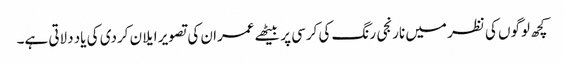
کچھ لوگوں کی نظر میں نارنجی رنگ کی کرسی پر بیٹھے عمران کی تصویر ایلان کردی کی یاد دلاتی ہے۔